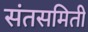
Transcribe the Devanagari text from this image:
संतसमिती